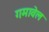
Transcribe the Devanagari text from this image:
गमावेल